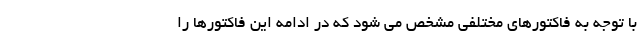
با توجه به فاکتورهای مختلفی مشخص می شود که در ادامه این فاکتورها را